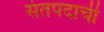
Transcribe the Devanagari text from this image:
संतपदाची